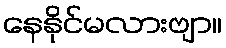
နေနိုင်မလားဗျာ။